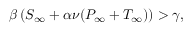
\beta \left( S _ { \infty } + \alpha \nu ( P _ { \infty } + T _ { \infty } ) \right) > \gamma ,